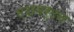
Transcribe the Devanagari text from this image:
एशबर्टन